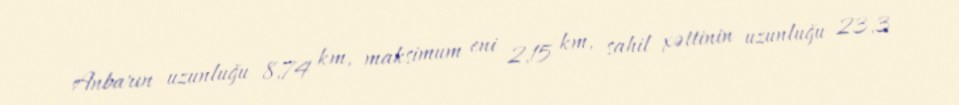
Anbarın uzunluğu 8,74 km, maksimum eni 2,15 km, sahil xəttinin uzunluğu 23,3